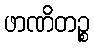
ဖာဏိတဉ္စ